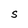
Character: S